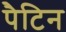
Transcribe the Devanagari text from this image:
पैटिन